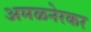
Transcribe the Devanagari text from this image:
अमळनेरकर